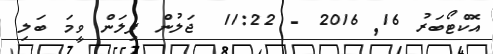
އޮކްޓޯބަރު 16